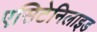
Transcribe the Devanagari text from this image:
एसिटेनिलाइड